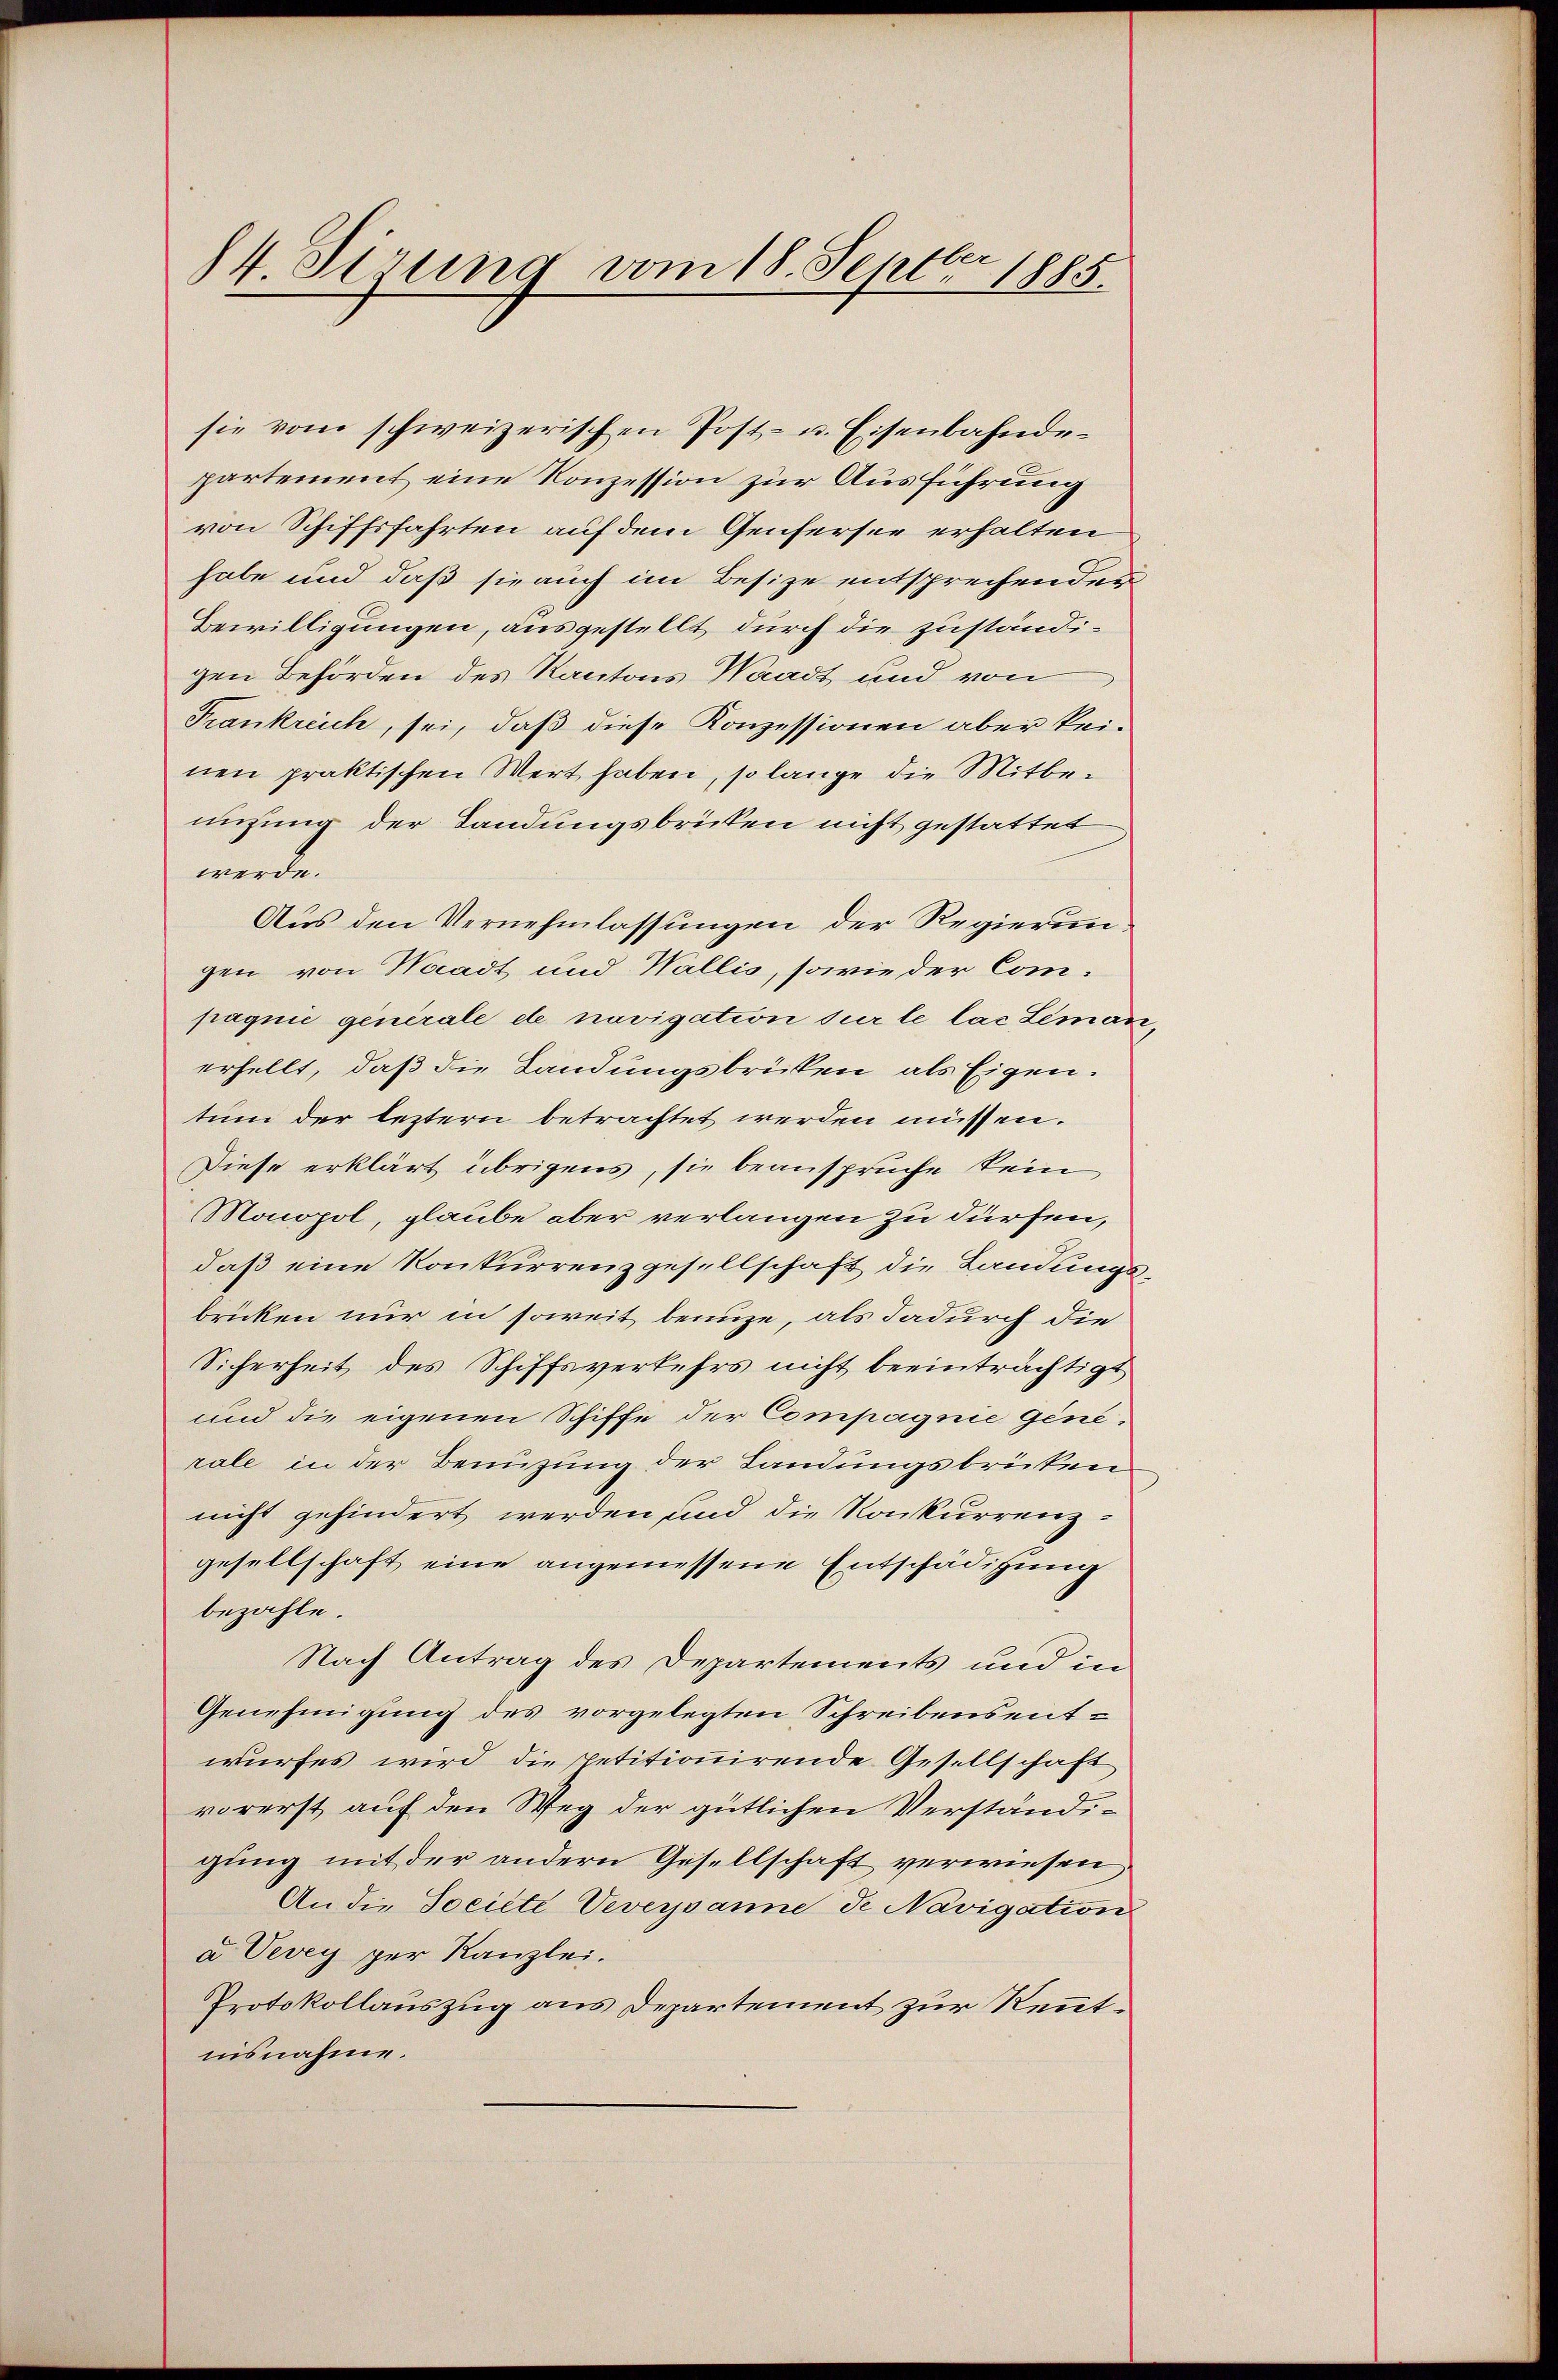
84 Sirung vom 18. Septer 1885.

sie vom schweizerischen Post- u. Eisenbahnde-
partement eine Konzession zur Ausführung
von Schiffsfahrten auf dem Genfersee erhalten
habe und daß sie auch im Besize entsprechender
Bewilligungen, ausgestellt, durch die zuständigen Behörden des Kantons Waadt und von
Frankreich, sei, daß diese Konzessionen aber keinen praktischen Wert haben, so lange die Mitbenizung der Landungsbrüken nicht gestattet
werde.
Aus den Vernehmlassungen der Regierun
gen von Waadt und Wallis, sowie der Compagnie generale de navigation sur le las Leman
erhellt, daß die Landungsbrücken als Eigen.
tum der leztern betrachtet werden müssen.
Diese erklärt übrigens, sie beansprüche kein
Monopol, glaube aber verlangen zu dürfen,
daß eine Konkurrenzgesellschaft die Landungsbricken nur in soweit benuze, als dadurch die
Sicherheit des Schiffsverkehrs nicht beeinträchtigt
und die eigenen Schiffe der Compagnie Generale in der Benuzung der Landungsbrüten
nicht gehindert werden und die Konkurrenz-
gesellschaft eine angemessene Entschädigung
bezahle.
Nach Antrag des Departements und in
Genehmigung des vorgelegten Schreibensentwurfes wird die Petitionirende Gesellschaft
vorerst auf den Weg der gütlichen Verständigung mit der andern Gesellschaft verwiesen.
An die Societe Veveysanne de Navigation
a Vevey per Kanzlei.
Protokollauszug aus Departement zur Renntnisnahme.